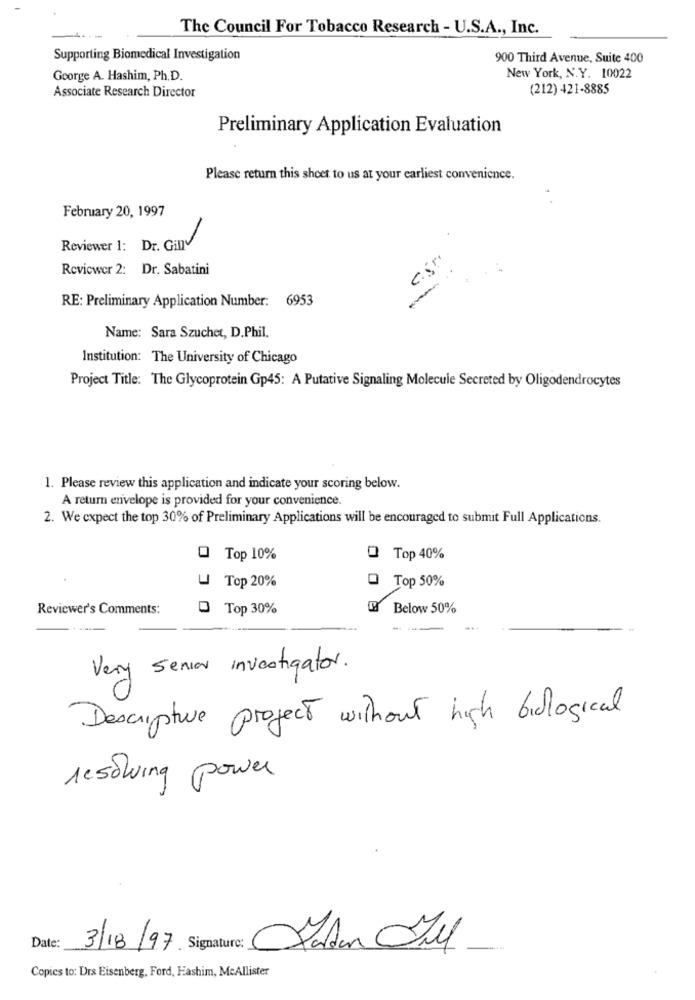
The Council For Tobacco Research - U.S.A ., Inc.
Supporting Biomedical Investigation
900 Third Avenue, Suite 400
George A. Hashim, Ph.D.
New York, N.Y. 10022
Associate Research Director
(212) 421-8885
Preliminary Application Evaluation
Please return this sheet to us at your earliest convenience.
February 20, 1997
Reviewer 1: Dr. Gilly
Reviewer 2: Dr. Sabatini
RE: Preliminary Application Number: 6953
-
Name: Sara Szuchet, D.Phil.
Institution: The University of Chicago
Project Title: The Glycoprotein Gp45: A Putative Signaling Molecule Secreted by Oligodendrocytes
1. Please review this application and indicate your scoring below.
A return envelope is provided for your convenience.
2. We expect the top 30% of Preliminary Applications will be encouraged to submit Full Applications.
0 Top 10%
Top 40%
0 Top 50%
U Top 20%
Reviewer's Comments:
O Top 30%
Below 50%
Very senior investigator.
Descriptive project without high biological
resolving power
Date:
3/18/97 Signature: Kadan hul
Copics to: Drs Eisenberg, Ford, Hashim, McAllister